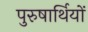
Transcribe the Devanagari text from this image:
पुरुषार्थियों